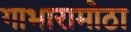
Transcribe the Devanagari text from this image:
गाभारामोठा